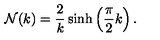
{ \cal N } ( k ) = \frac { 2 } { k } \sinh \left( \frac { \pi } { 2 } k \right) .